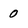
Character: 0